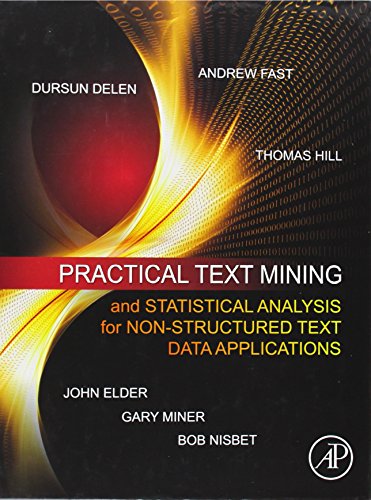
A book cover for Practical Text Mining and Statistical Analysis for Non-structured Text Data Applications; Gary Miner; Science & Math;